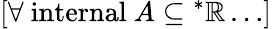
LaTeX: [\forall{\mathrm{~internal~}}A\subseteq{^{*}\mathbb{R}}\dots]